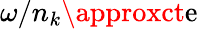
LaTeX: \omega/n_{k}\approxct\mathrm{e}